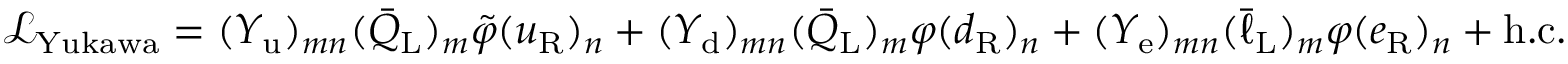
{ \mathcal { L } } _ { \mathrm { Y u k a w a } } = ( Y _ { \mathrm { u } } ) _ { m n } ( { \bar { Q } } _ { \mathrm { L } } ) _ { m } { \tilde { \varphi } } ( u _ { \mathrm { R } } ) _ { n } + ( Y _ { \mathrm { d } } ) _ { m n } ( { \bar { Q } } _ { \mathrm { L } } ) _ { m } \varphi ( d _ { \mathrm { R } } ) _ { n } + ( Y _ { \mathrm { e } } ) _ { m n } ( { \bar { \ell } } _ { \mathrm { L } } ) _ { m } { \varphi } ( e _ { \mathrm { R } } ) _ { n } + \mathrm { h . c . }